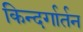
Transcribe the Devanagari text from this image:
किन्दर्गार्तन